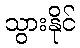
သွားနိုင်